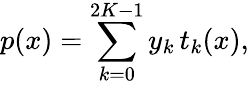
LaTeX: p(x)=\sum_{k=0}^{2K-1}y_{k}\, t_{k}(x),